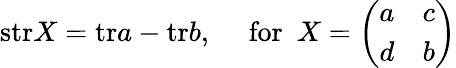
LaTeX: \mathrm{str}X=\mathrm{tr}a-\mathrm{tr}b,~~~~~\mathrm{for}~~X=\left(\begin{array}{cc}{{a}}&{{c}}\\ {{d}}&{{b}}\end{array}\right)